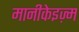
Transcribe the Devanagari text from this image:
मानीकेइज़्म